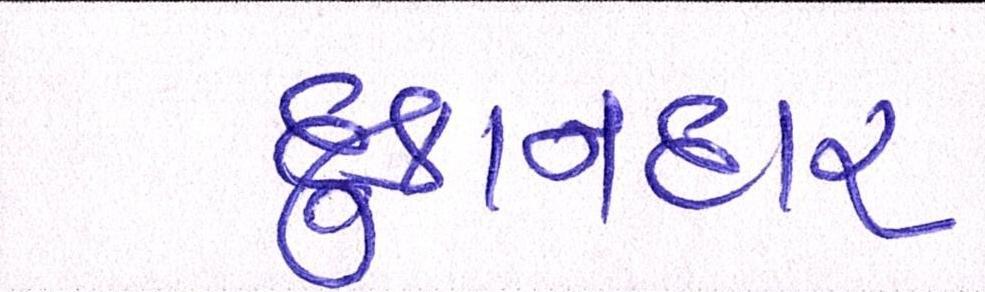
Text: દુકાનદાર